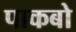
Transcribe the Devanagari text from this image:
पाकबो